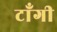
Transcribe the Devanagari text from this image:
टाँगी